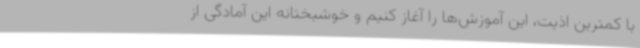
با کمترین اذیت، این آموزش‌ها را آغاز کنیم و خوشبختانه این آمادگی از